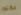
فكتور